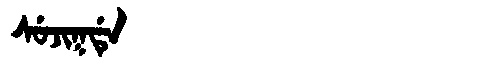
Manchu: ᠰᡠᠵᡳᡴᡩᡝ
Romanization: SUJIKDE